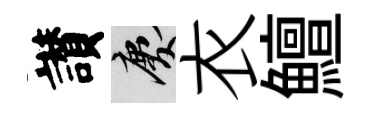
讃慶衣鱣